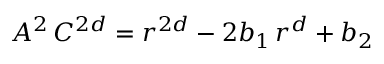
A ^ { 2 } \, C ^ { 2 d } = r ^ { 2 d } - 2 b _ { 1 } \, r ^ { d } + b _ { 2 }